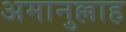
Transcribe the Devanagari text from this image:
अमानुल्लाह